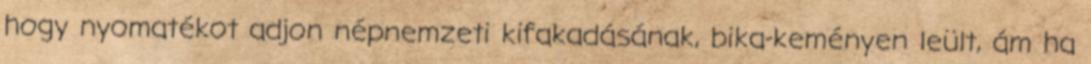
hogy nyoma­té­kot adjon népnemzeti kifakadásának, bika-keményen leült, ám ha